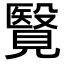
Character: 𧢂